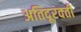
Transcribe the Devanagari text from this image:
अतिदूरवर्ती